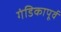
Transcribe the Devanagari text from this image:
गंडिकापूर्व